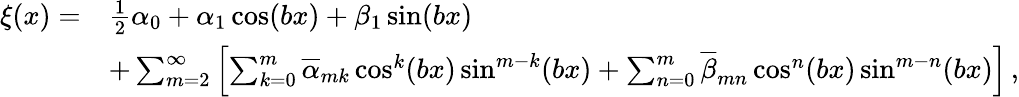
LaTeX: \begin{array}{rl}{\xi(x)=}&{\frac 12\alpha_{0}+\alpha_{1}\cos(bx)+\beta_{1}\sin(bx)}\\ &{+\sum_{m=2}^{\infty}\left[\sum_{k=0}^{m}\overline{{\alpha}}_{mk}\cos^{k}(bx)\sin^{m-k}(bx)+\sum_{n=0}^{m}\overline{{\beta}}_{mn}\cos^{n}(bx)\sin^{m-n}(bx)\right]\, ,}\end{array}